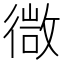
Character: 㣲